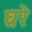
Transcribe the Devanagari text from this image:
घ्ररे